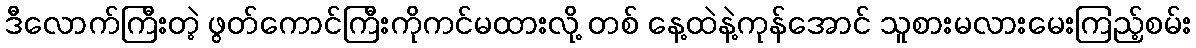
ဒီလောက်ကြီးတဲ့ ဖွတ်ကောင်ကြီးကိုကင်မထားလို့ တစ် နေ့ထဲနဲ့ကုန်အောင် သူစားမလားမေးကြည့်စမ်း